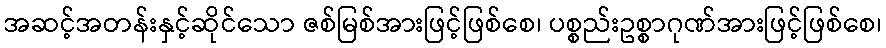
အဆင့်အတန်းနှင့်ဆိုင်သော ဇစ်မြစ်အားဖြင့်ဖြစ်စေ၊ ပစ္စည်းဥစ္စာဂုဏ်အားဖြင့်ဖြစ်စေ၊